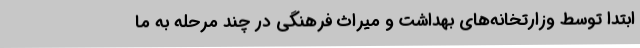
ابتدا توسط وزارتخانه‌های بهداشت و میراث فرهنگی در چند مرحله به ما